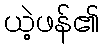
ယဲ့ဖန်၏